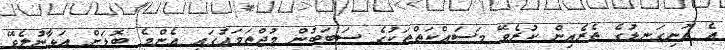
އެ އޮނިގަނޑުގެ ތެރެއިން ކުރެވޭ މަސައްކަތްތަކުގެ ސަބަބުން މުޖްތަމައުގައި އެންމެ ބޮޑަށް އަޅާނުލެވޭ